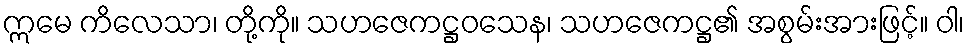
ဣမေ ကိလေသာ၊ တို့ကို။ သဟဇေကဋ္ဌဝသေန၊ သဟဇေကဋ္ဌ၏ အစွမ်းအားဖြင့်။ ဝါ၊